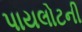
પાયલોટની